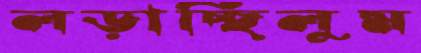
লড়াচ্ছিলুম